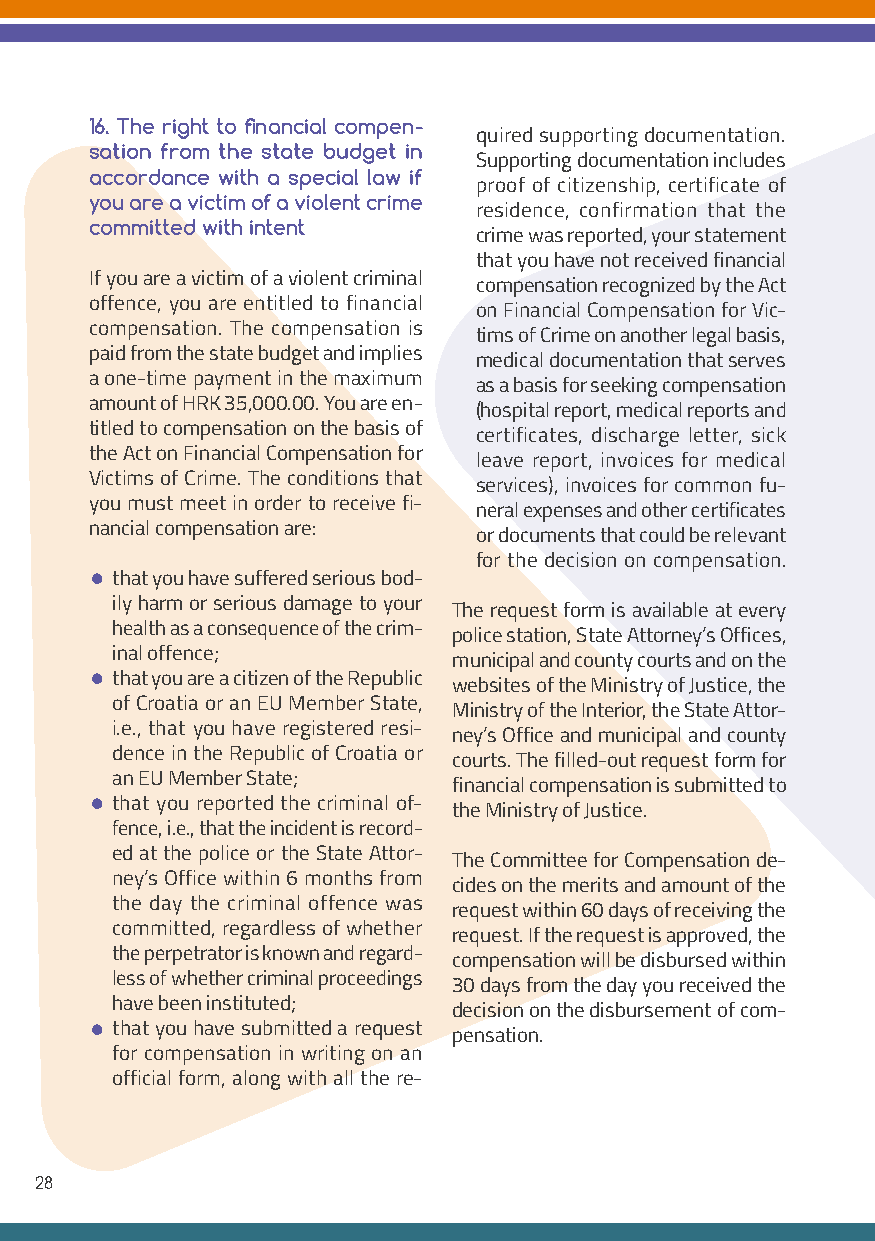
16. The right to financial compen-
 quired supporting documentation.
 sation from the state budget in
 Supporting documentation includes
 accordance with a special law if
 proof of citizenship, certificate of
 you are a victim of a violent crime
 residence, confirmation that the
 committed with intent
 crime was reported, your statement
 that you have not received financial
 If you are a victim of a violent criminal
 compensation recognized by the Act
 offence, you are entitled to financial
 on Financial Compensation for Vic-
 compensation. The compensation is
 tims of Crime on another legal basis,
 paid from the state budget and implies
 medical documentation that serves
 a one-time payment in the maximum
 as a basis for seeking compensation
 amount of HRK 35,000.00. You are en-
 (hospital report, medical reports and
 titled to compensation on the basis of
 certificates, discharge letter, sick
 the Act on Financial Compensation for
 leave report, invoices for medical
 Victims of Crime. The conditions that
 services), invoices for common fu-
 you must meet in order to receive fi-
 neral expenses and other certificates
 nancial compensation are:
 or documents that could be relevant
 for the decision on compensation.
 •
 that you have suffered serious bod-
 ily harm or serious damage to your
 The request form is available at every
 health as a consequence of the crim-
 police station, State Attorney’s Offices,
 inal offence;
 municipal and county courts and on the
 •
 that you are a citizen of the Republic
 websites of the Ministry of Justice, the
 of Croatia or an EU Member State,
 Ministry of the Interior, the State Attor-
 i.e., that you have registered resi-
 ney’s Office and municipal and county
 dence in the Republic of Croatia or
 courts. The filled-out request form for
 an EU Member State;
 financial compensation is submitted to
 •
 that you reported the criminal of-
 the Ministry of Justice.
 fence, i.e., that the incident is record-
 ed at the police or the State Attor-
 The Committee for Compensation de-
 ney’s Office within 6 months from
 cides on the merits and amount of the
 the day the criminal offence was
 request within 60 days of receiving the
 committed, regardless of whether
 request. If the request is approved, the
 the perpetrator is known and regard-
 compensation will be disbursed within
 less of whether criminal proceedings
 30 days from the day you received the
 have been instituted;
 decision on the disbursement of com-
 •
 that you have submitted a request
 pensation.
 for compensation in writing on an
 official form, along with all the re-
 28